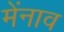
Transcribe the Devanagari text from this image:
मेंनाव